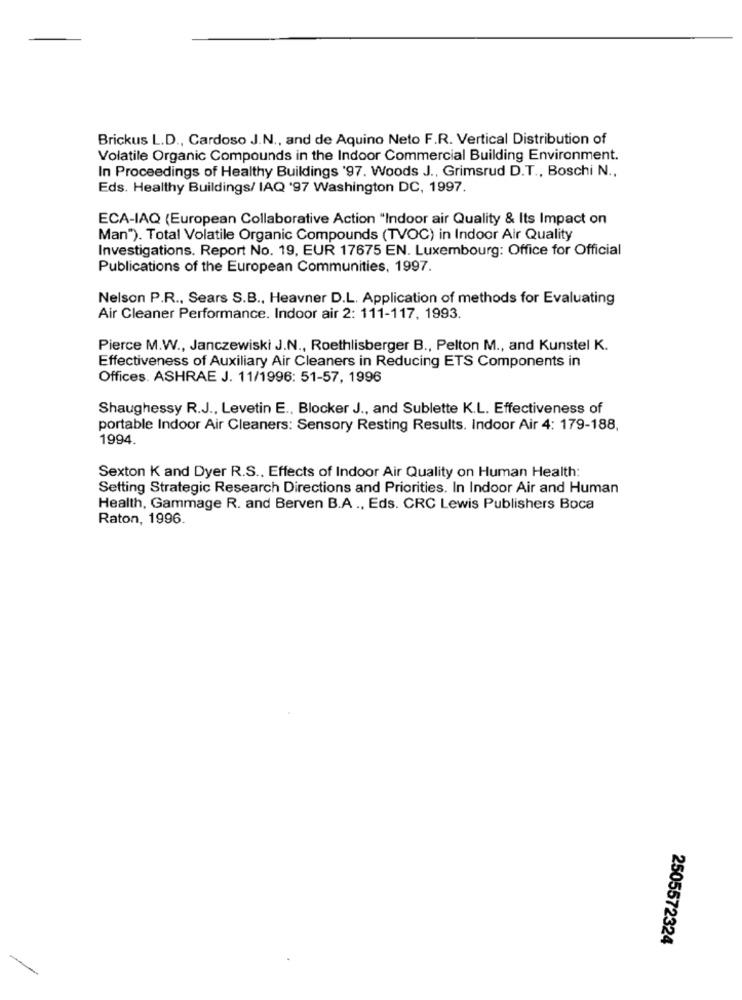
Brickus L.D ., Cardoso J.N ., and de Aquino Neto F.R. Vertical Distribution of
Volatile Organic Compounds in the Indoor Commercial Building Environment.
In Proceedings of Healthy Buildings '97. Woods J ., Grimsrud D.T ., Boschi N .,
Eds. Healthy Buildings/ IAQ '97 Washington DC, 1997.
ECA-IAQ (European Collaborative Action "Indoor air Quality & Its Impact on
Man"). Total Volatile Organic Compounds (TVOC) in Indoor Air Quality
Investigations. Report No. 19, EUR 17675 EN. Luxembourg: Office for Official
Publications of the European Communities, 1997.
Nelson P.R ., Sears S.B ., Heavner D.L. Application of methods for Evaluating
Air Cleaner Performance. Indoor air 2: 111-117, 1993.
Pierce M.W ., Janczewiski J.N ., Roethlisberger B ., Pelton M ., and Kunstel K.
Effectiveness of Auxiliary Air Cleaners in Reducing ETS Components in
Offices. ASHRAE J. 11/1996: 51-57, 1996
Shaughessy R.J ., Levetin E ., Blocker J ., and Sublette K.L. Effectiveness of
portable Indoor Air Cleaners: Sensory Resting Results. Indoor Air 4: 179-188,
1994.
Sexton K and Dyer R.S ., Effects of Indoor Air Quality on Human Health:
Setting Strategic Research Directions and Priorities. In Indoor Air and Human
Health, Gammage R. and Berven B.A ., Eds. CRC Lewis Publishers Boca
Raton, 1996.
2505572324